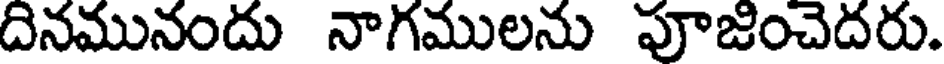
దినమునందు నాగములను పూజించెదరు.